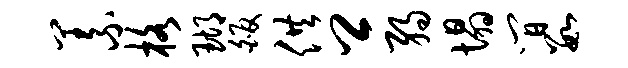
义格瑚皈供卿弱塌间数